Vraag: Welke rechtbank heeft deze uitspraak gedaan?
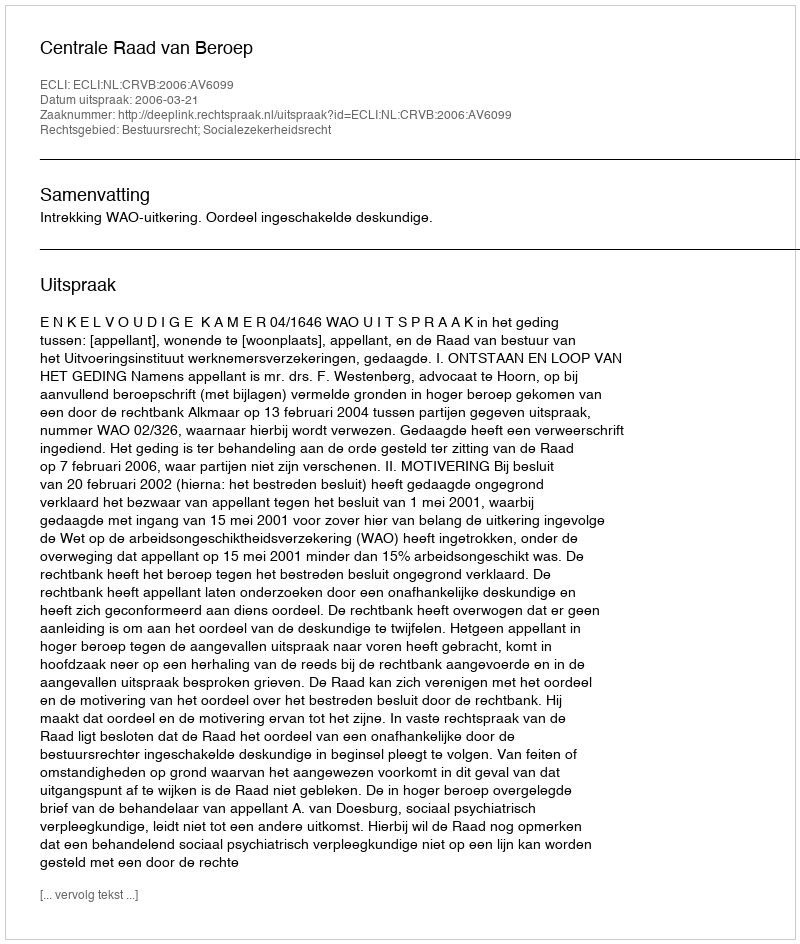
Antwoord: Centrale Raad van Beroep